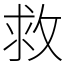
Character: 救